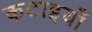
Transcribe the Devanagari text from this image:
कटाइयाँ